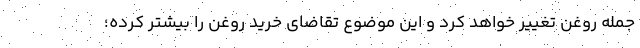
جمله روغن تغییر خواهد کرد و این موضوع تقاضای خرید روغن را بیشتر کرده؛